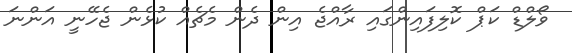
ވޯލްޑް ކަޕް ކޮލިފައިންގައި ރާއްޖެ އިން ދެން މެޗެއް ކުޅެން ޖެހޭނީ އަންނަ